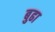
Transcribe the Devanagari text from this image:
बुढा